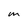
Character: M